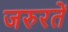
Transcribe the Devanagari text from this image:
जरुरतें